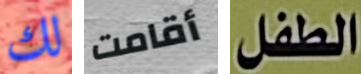
لك أقامت الطفل